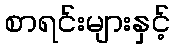
စာရင်းများနှင့်